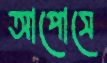
আপোসে